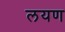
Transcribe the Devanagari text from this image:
लयण